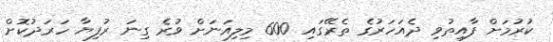
ކުރުމަށް ފާއިތުވި ދެއަހަރުގެ ތެރޭގައި 600 މިލިއަނަށް ވުރެ ގިނަ ރުފިޔާ ހަރަދުކޮށް